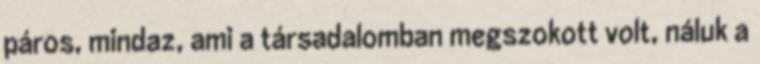
páros, mindaz, ami a társadalomban megszokott volt, náluk a